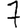
Digit: 7